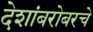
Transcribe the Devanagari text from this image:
देशांबरोबरचे